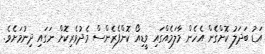
އަޑު ބަދަލު ކޮށްގެން އެހެން މާލަމެއްގައި ވީޑިއޯ ކޮންފެރެންސް މެދުވެރިކޮށް ނަގައި ދިނުމަށެވެ.